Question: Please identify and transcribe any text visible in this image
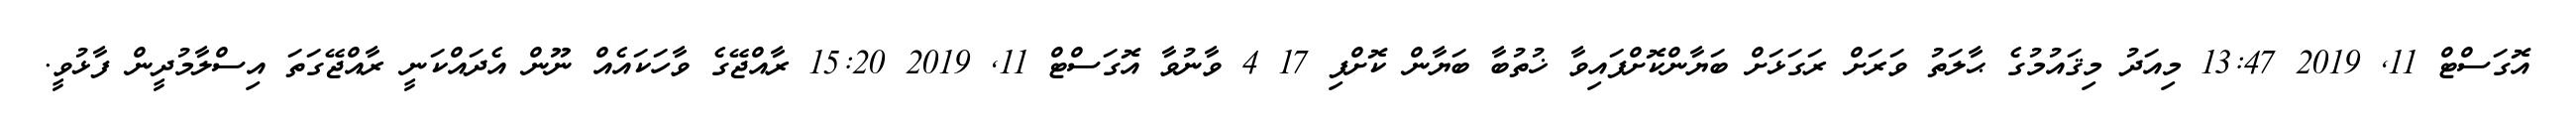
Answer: އޮގަސްޓް 11, 2019 13:47 މިއަދު މިޤައުމުގެ ޙާލަތު ވަރަށް ރަގަޅަށް ބަޔާންކޮށްފައިވާ ޚުތުބާ ބަޔާން ކޮށްފި 17 4 ވާނުވާ އޮގަސްޓް 11, 2019 15:20 ރާއްޖޭގެ ވާހަކައެއް ނޫން އެދައްކަނީ ރާއްޖޭގަތަ އިސްލާމުދީން ފާޅުވީ.